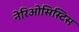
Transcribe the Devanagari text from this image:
नेरिओसिस्टिस